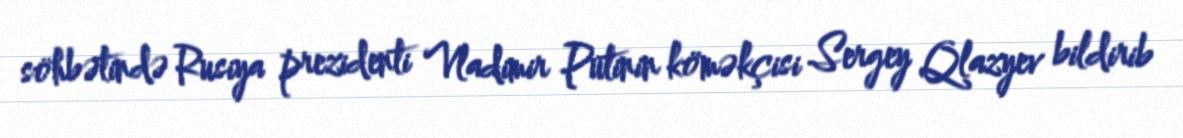
söhbətində Rusiya prezidenti Vladimir Putinin köməkçisi Sergey Qlazyev bildirib